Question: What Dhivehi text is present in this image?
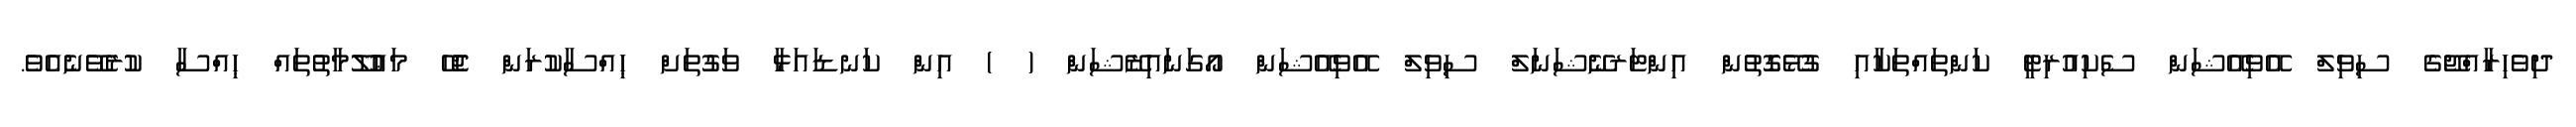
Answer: ދިވެހިރާއްޖޭގެ ސިވިލް އޭވިއޭޝަން ސެކިއުރިޓީ ކަންތައްތަކާއި ގުޅޭގޮތުން އިންޓަރނޭޝަނަލް ސިވިލް އޭވިއޭޝަން އޯގަނައިޒޭޝަން ( ) އިން ކަނޑައަޅާ ވަގުތަށް ޙިއްސާކުރަން ޖެހޭ މަޢުލޫމާތުތައް ޙިއްސާ ކުރެވޭނެއެވެ.